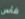
فأس